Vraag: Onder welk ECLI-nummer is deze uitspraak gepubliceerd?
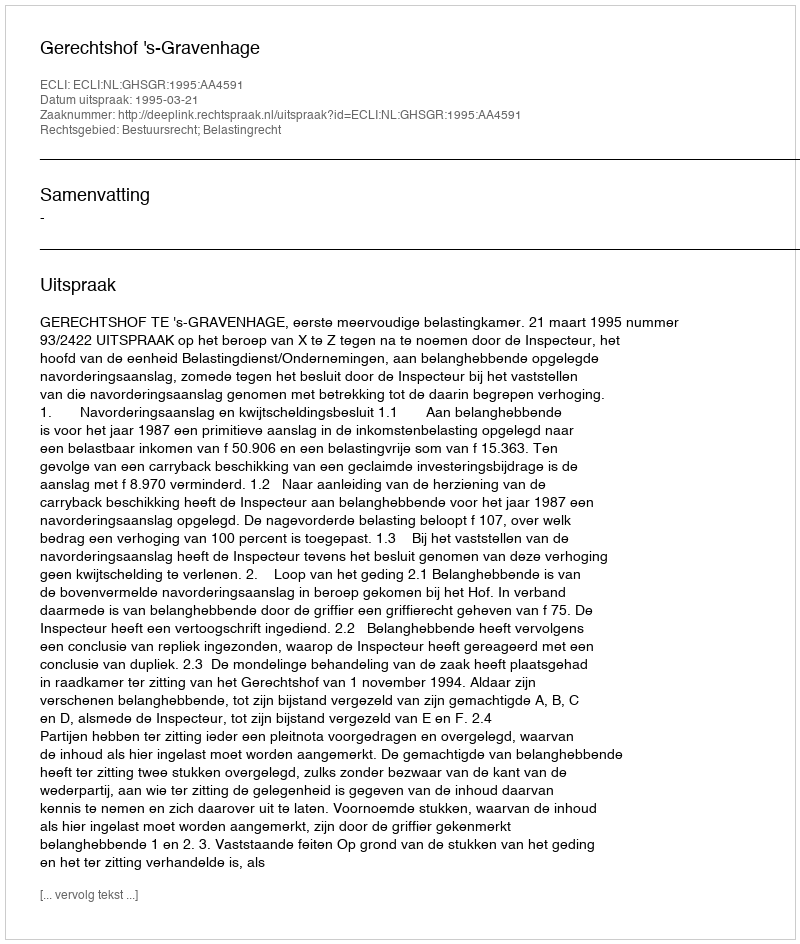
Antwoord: ECLI:NL:GHSGR:1995:AA4591